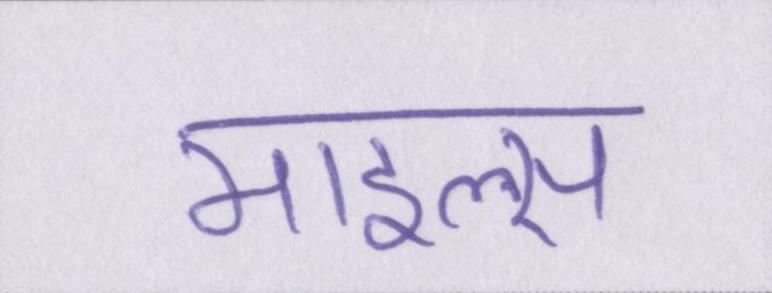
माइल्स